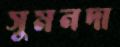
সুমনদা